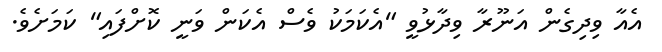
އެއާ ވިދިގެން އަނޫރާ ވިދާޅުވީ "އެކަމަކު ވެސް އެކަން ވަނީ ކޮށްފައި" ކަމަށެވެ.